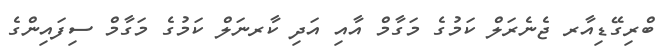
ބްރިގޭޑިއާރ ޖެނެރަލް ކަމުގެ މަގާމް އާއި އަދި ކާރނަލް ކަމުގެ މަގާމް ސިފައިންގެ